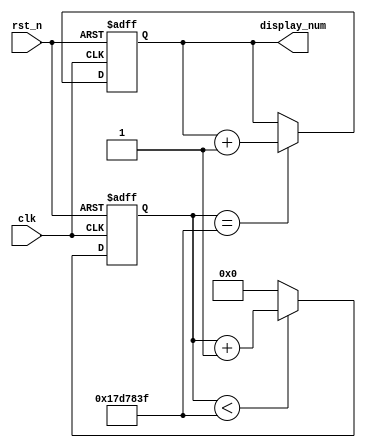
module counter(
	input clk,
	input rst_n,
	output reg[15:0] display_num
);
//---------------------------------------
//1s
reg[24:0] cnt;

always @(posedge clk or negedge rst_n ) begin
	if(!rst_n)
		cnt <= 0;
	else if (cnt < 25'd24_999_999)
		cnt <= cnt + 1'b1;
	else
		cnt <= 0;
end
wire time_1s_flag = (cnt == 25'd24_999_999);
//-----------------------------------------
//
always @(posedge clk or negedge rst_n) begin
	if(!rst_n)
		display_num <= 16'd0;
	else if(time_1s_flag)
		display_num <= display_num + 1'b1;
end

endmodule